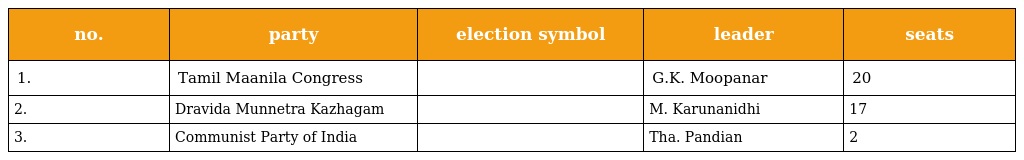
| no. | party | election symbol | leader | seats |
 | --- | --- | --- | --- | --- |
 | 1. | Tamil Maanila Congress |  | G.K. Moopanar | 20 |
 | 2. | Dravida Munnetra Kazhagam |  | M. Karunanidhi | 17 |
 | 3. | Communist Party of India |  | Tha. Pandian | 2 |